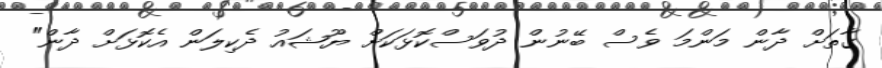
ގާތަށް ދާން މަންމަ ވެސް ބޭނުން ދުވަސްކޮޅަކަށް ޔޫޝައު ދެކިލަން އެކޮޅަށް ދާން"